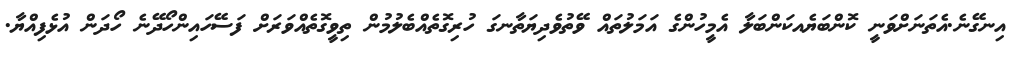
އިނގޭނެ.އެތަނަށްވަނީ ކޮންބަޔެއކަންބަލާ އެމީހުންގެ އަމަލުތައް ވޭތުވެދިޔަތާނގަ ހުރިގޮތެއްބެލުމުން ތިވީގޮތެއްވަރަށް ފަސޭހައިންހޯދޭނެ ހޯދަން އުޅެފިއްޔާ.